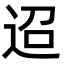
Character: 迢